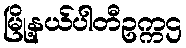
မြို့နယ်ပါတီဥက္ကဌ